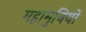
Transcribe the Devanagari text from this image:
महामुनियों